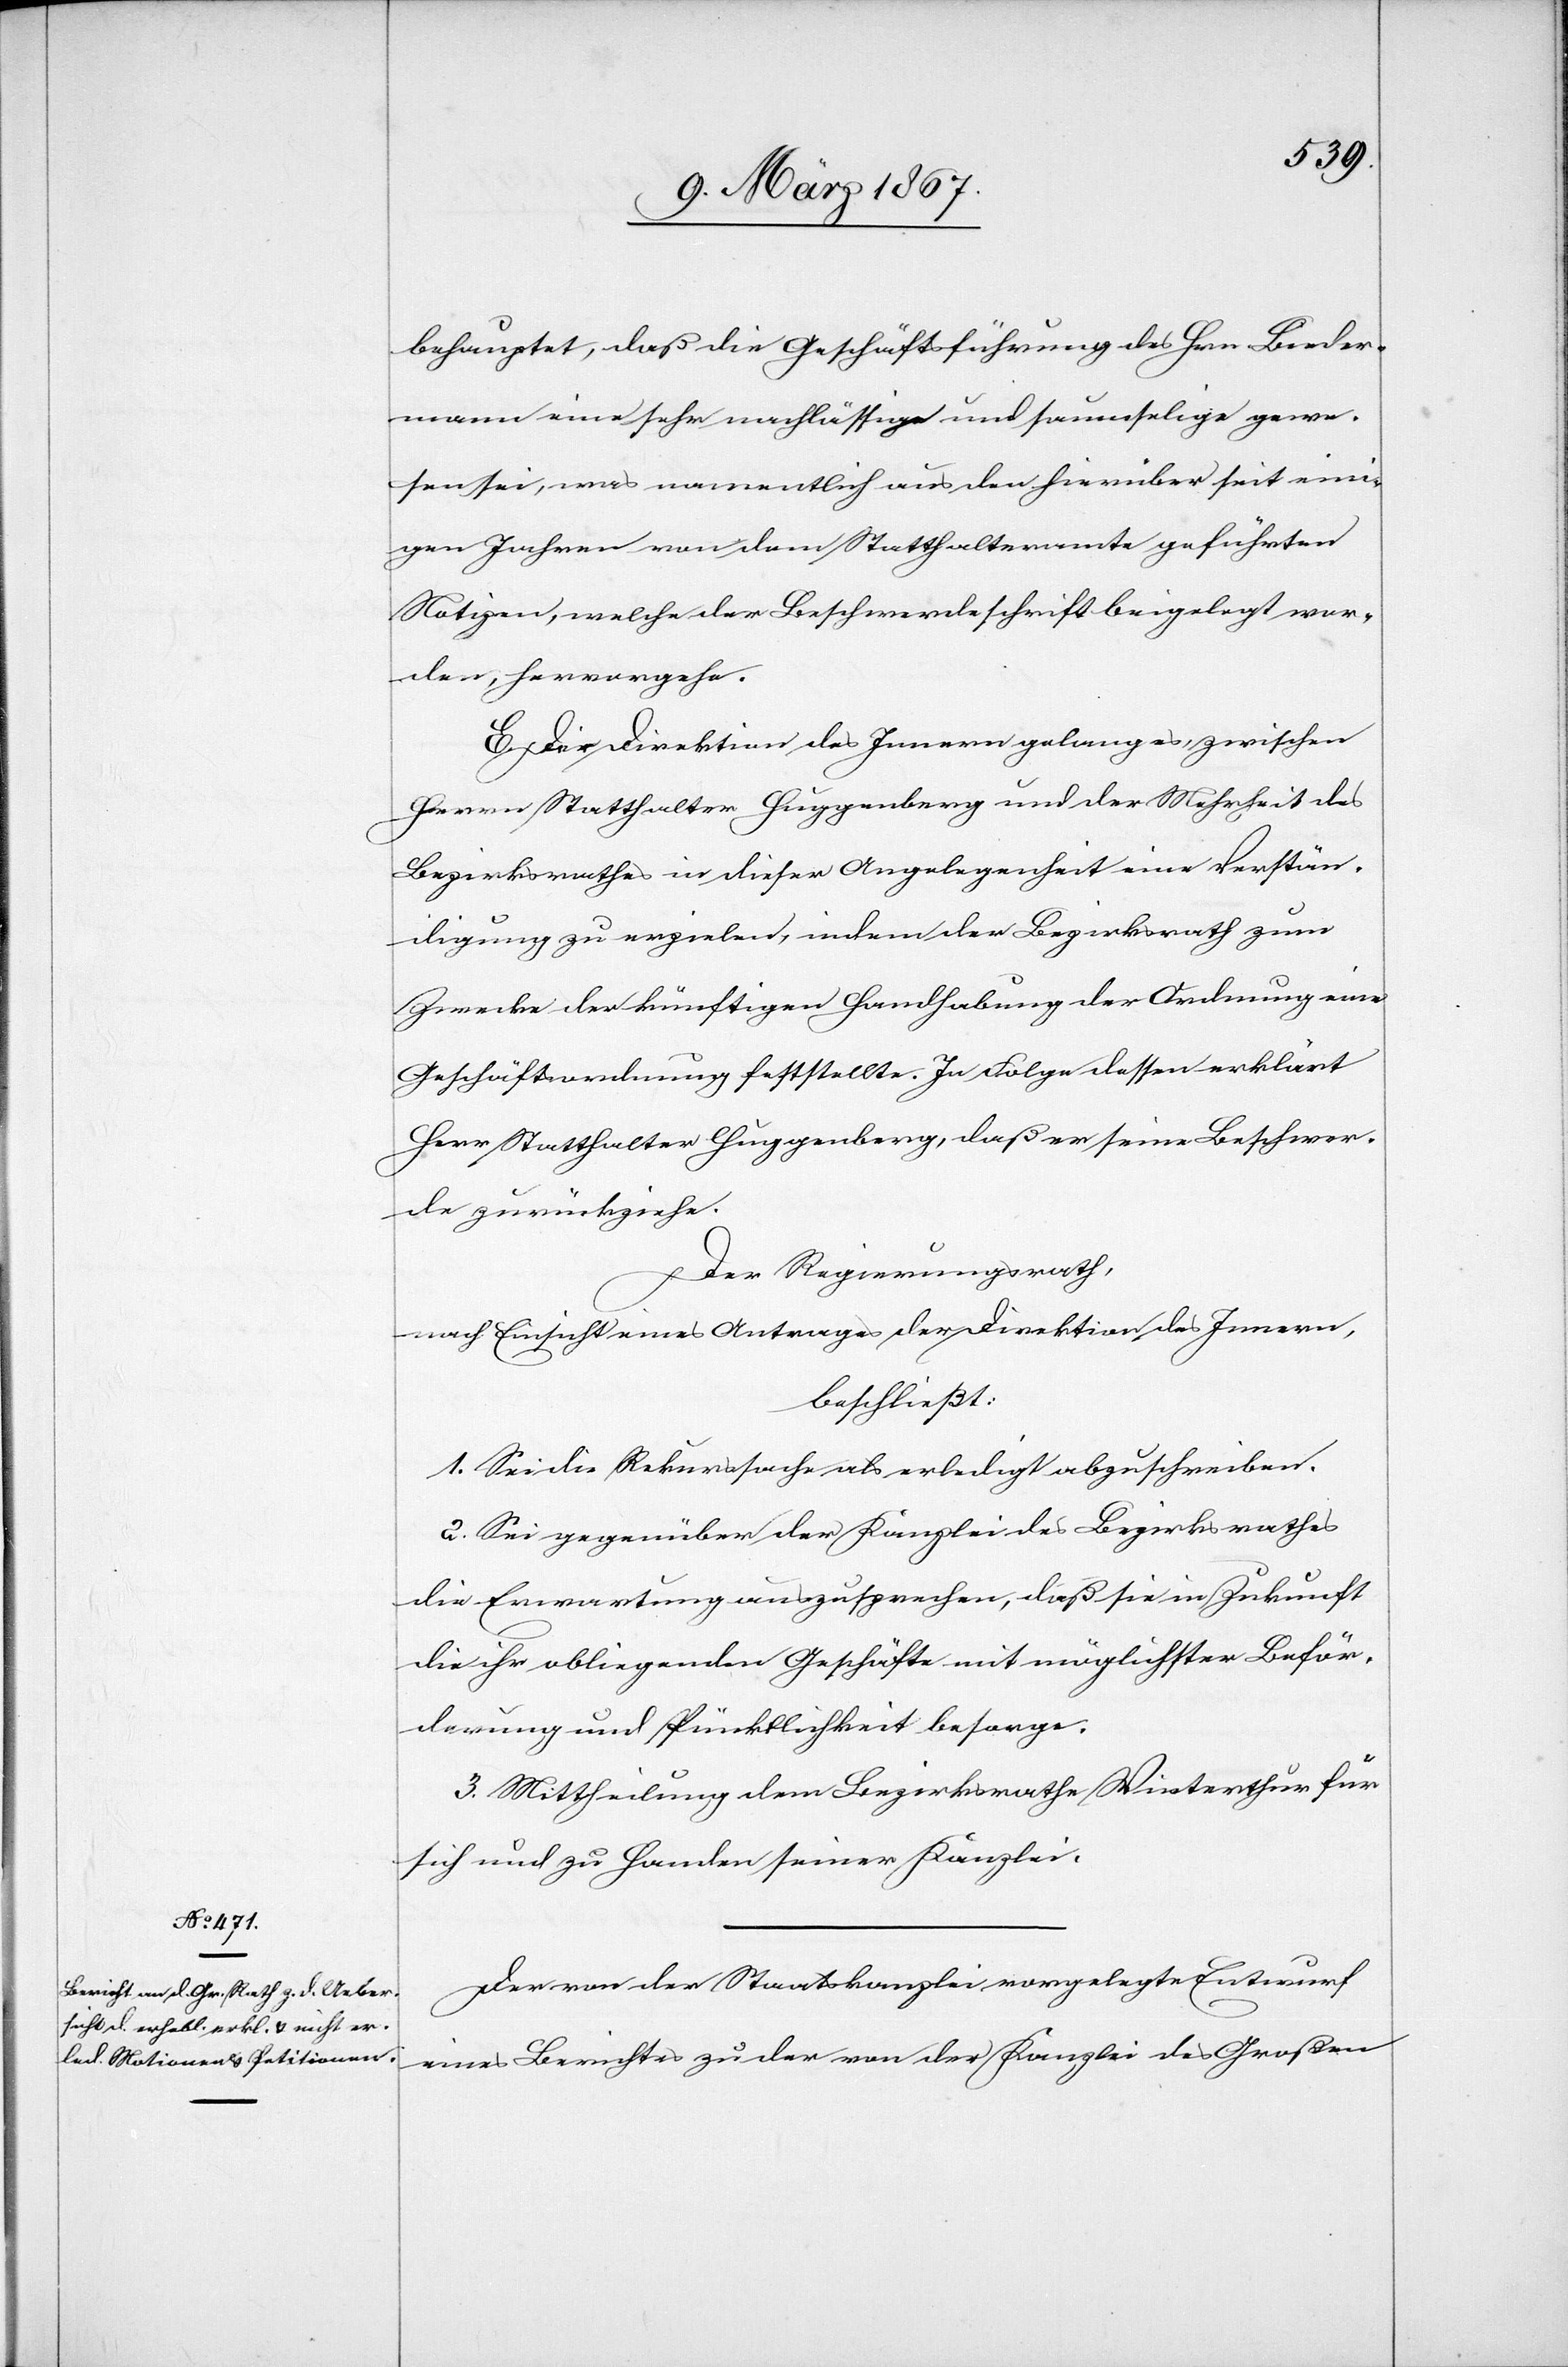
behauptet, daß die Geschäftsführung des Hrn. Bieder¬
mann eine sehr nachlässige und saumselige gewe¬
sen sei, was namentlich aus den hierüber seit eini¬
gen Jahren von dem Statthalteramte geführten
Notizen, welche der Beschwerdeschrift beigelegt wor¬
den, hervorgehe.
E. Der Direktion des Innern gelang es, zwischen
Herren Statthalter Huggenberg und der Mehrheit des
Bezirksrathes in diese Angelegenheit eine Verstän¬
digung zu erzielen, indem der Bezirksrath zum
Zwecke der künftigen Handhabung der Ordnung eine
Geschäftsordnung feststellte. In Folge dessen erklärt
Herr Statthalter Huggenberg, daß er seine Beschwer¬
de zurückziehe.
Der Regierungsrath,
nach Einsicht eines Antrages der Direktion des Innern,
beschließt:
1. Sei die Rekurssache als erledigt abzuschreiben.
2. Sei gegenüber der Kanzlei des Bezirksrathes
die Erwartung auszusprechen, daß sie in Zukunft
die ihr obliegenden Geschäfte mit möglichster Beför¬
derung und Pünktlichkeit besorge.
3. Mittheilung dem Bezirksrathe Winterthur für
sich und zu Handen seiner Kanzlei.
Der von der Staatskanzlei vorgelegte Entwurf
eines Berichtes zu der von der Kanzlei des Großen